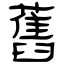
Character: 舊